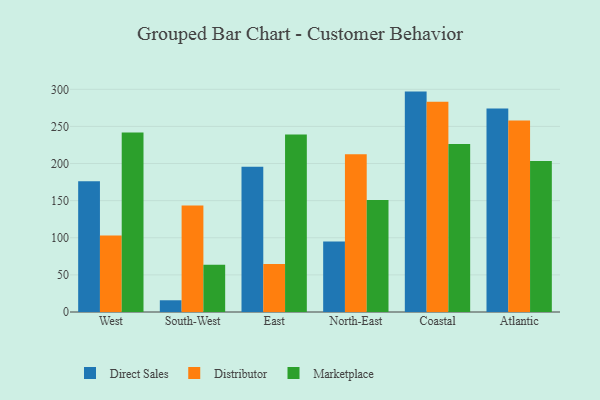
{"axis": {"x": "Region", "y": "Humidity (%)"}, "legend": ["Direct Sales", "Distributor", "Marketplace"], "data": [{"x": "West", "y": 176.2, "type": "Direct Sales"}, {"x": "West", "y": 103.0, "type": "Distributor"}, {"x": "West", "y": 241.7, "type": "Marketplace"}, {"x": "South-West", "y": 15.8, "type": "Direct Sales"}, {"x": "South-West", "y": 143.4, "type": "Distributor"}, {"x": "South-West", "y": 63.6, "type": "Marketplace"}, {"x": "East", "y": 195.7, "type": "Direct Sales"}, {"x": "East", "y": 64.8, "type": "Distributor"}, {"x": "East", "y": 239.2, "type": "Marketplace"}, {"x": "North-East", "y": 94.9, "type": "Direct Sales"}, {"x": "North-East", "y": 212.5, "type": "Distributor"}, {"x": "North-East", "y": 150.8, "type": "Marketplace"}, {"x": "Coastal", "y": 296.9, "type": "Direct Sales"}, {"x": "Coastal", "y": 283.2, "type": "Distributor"}, {"x": "Coastal", "y": 226.4, "type": "Marketplace"}, {"x": "Atlantic", "y": 274.3, "type": "Direct Sales"}, {"x": "Atlantic", "y": 258.0, "type": "Distributor"}, {"x": "Atlantic", "y": 203.3, "type": "Marketplace"}]}